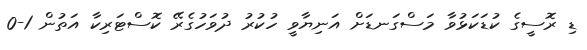
ޑި ރޮސީގެ ކުޑަކަޅުވާ މަސްގަނޑަށް އަނިޔާވީ ހުކުރު ދުވަހުގެރޭ ކޮސްޓަރިކާ އަތުން 1-0